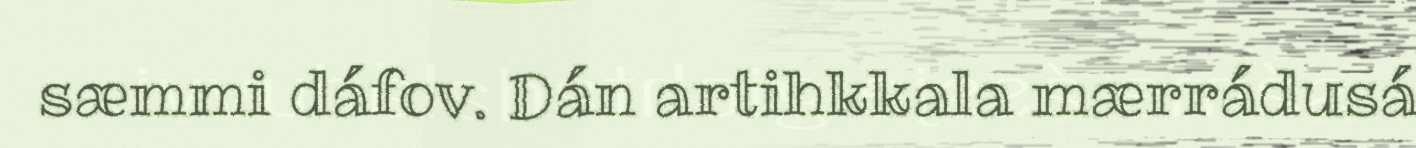
sæmmi dáfov. Dán artihkkala mærrádusá